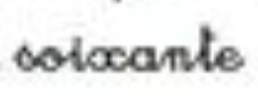
soixante